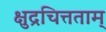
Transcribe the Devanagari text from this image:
क्षुद्रचित्तताम्